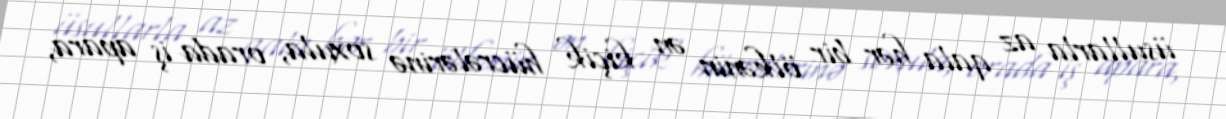
üsullarla az qala hər bir ölkənin ən kiçik hücrələrinə soxula, orada iş apara,